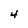
Character: 4